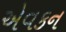
એવકન